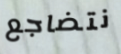
نتضاجع